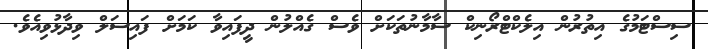
ސިސްޓަމުގެ އިތުރުން އިލެކްޓްރޯނިކް ސާމާނުތަކަށް ވެސް ގެއްލުން ދީފައިވާ ކަމަށް ފައިސަލް ވިދާޅުވިއެވެ.